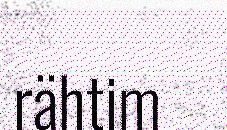
rähtim